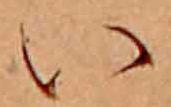
い